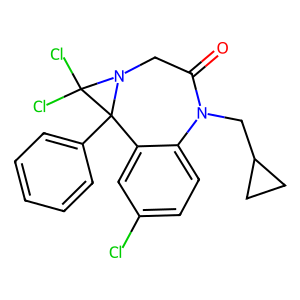
SMILES: O=C1CN2C(Cl)(Cl)C2(c2ccccc2)c2cc(Cl)ccc2N1CC1CC1
Inhibits HIV replication: No